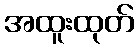
အထူးထုတ်